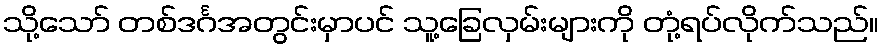
သို့သော် တစ်ဒင်္ဂအတွင်းမှာပင် သူ့ခြေလှမ်းများကို တုံ့ရပ်လိုက်သည်။